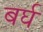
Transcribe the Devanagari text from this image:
बर्घ